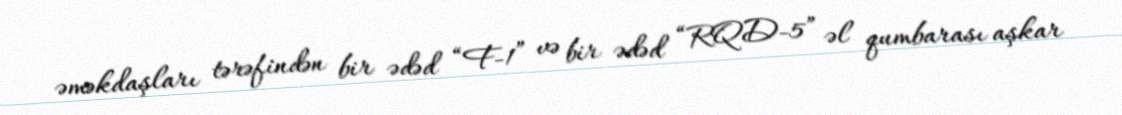
əməkdaşları tərəfindən bir ədəd “F-1” və bir ədəd “RQD-5” əl qumbarası aşkar